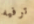
ترفيه